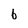
Character: 6